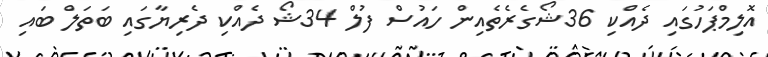
އޮލިމްޕަހުގައި ދެއްކި 36ޝޯގެރެތެއިން ހައުސް ފުލް 34ޝޯ ދެއްކި ދެރިޔާގައި ބަތަލް ބައި